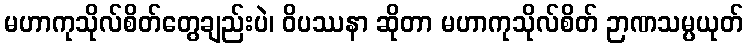
မဟာကုသိုလ်စိတ်တွေချည်းပဲ၊ ဝိပဿနာ ဆိုတာ မဟာကုသိုလ်စိတ် ဉာဏသမ္ပယုတ်